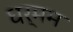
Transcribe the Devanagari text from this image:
धर्मम